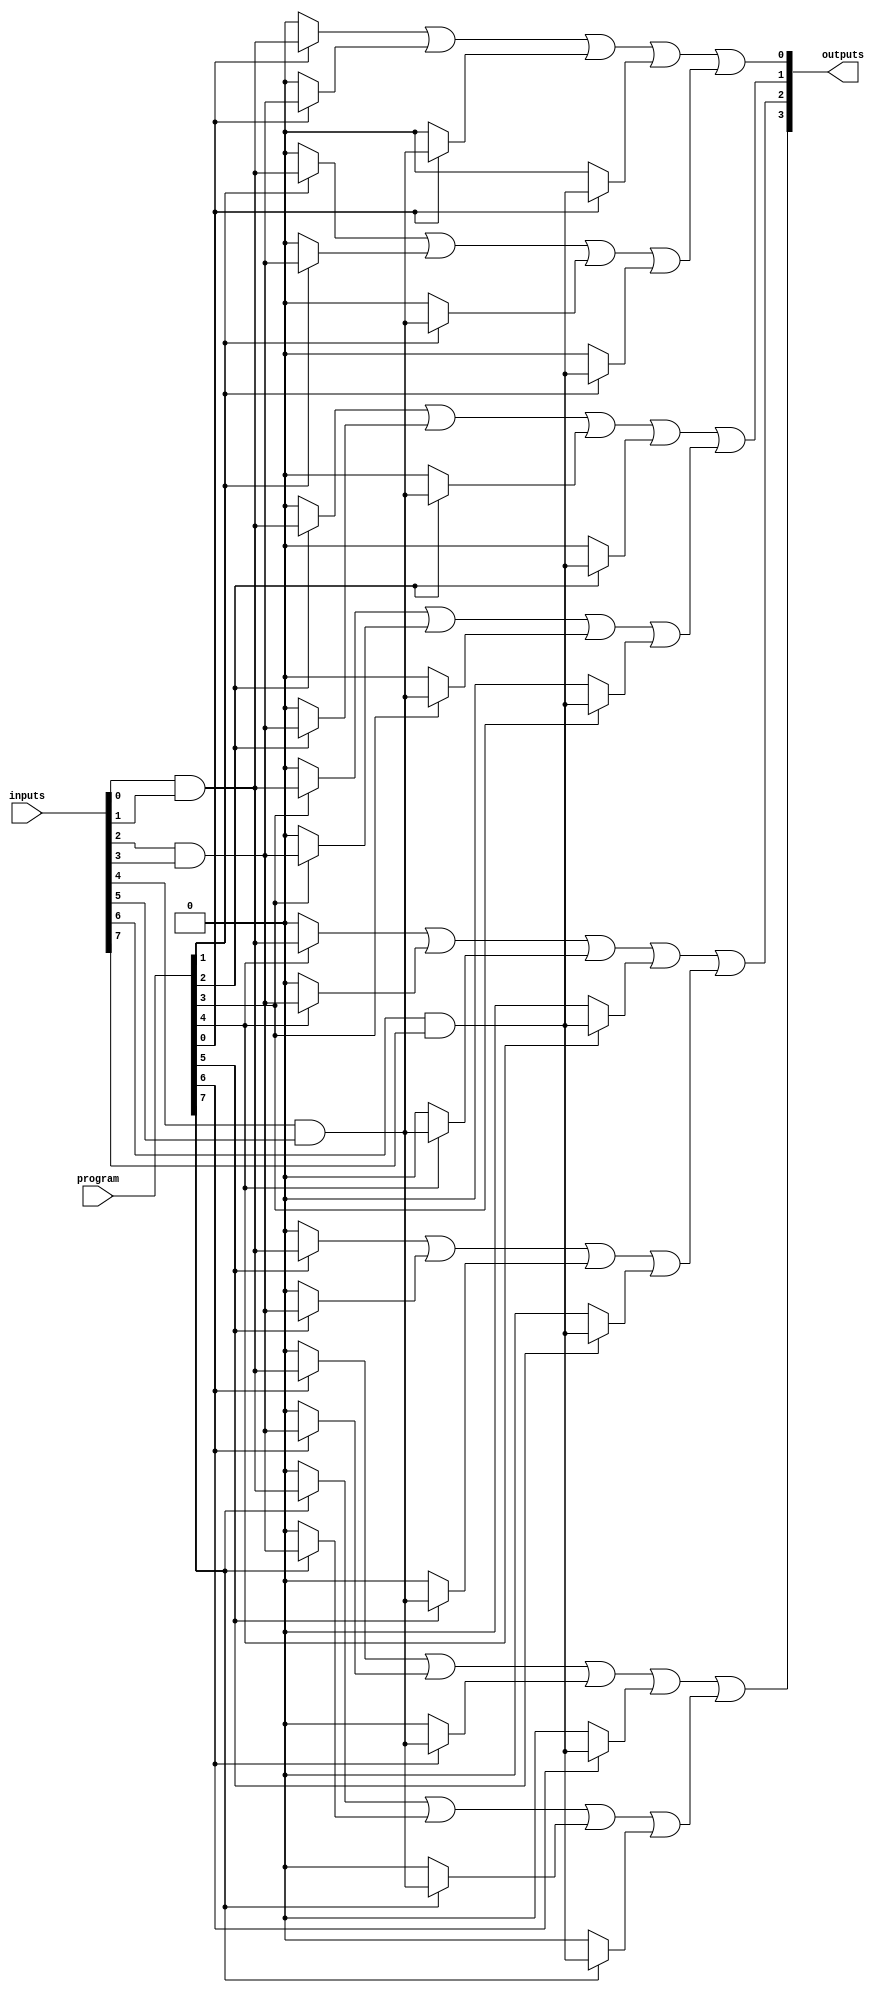
module hs_pal (
    input wire [N-1:0] inputs,        // N input pins
    input wire [M-1:0] program,       // M programming bits for AND array
    output wire [P-1:0] outputs        // P output pins
);

// Parameters
parameter N = 8;                     // Number of inputs
parameter M = 16;                    // Number of product terms
parameter P = 4;                     // Number of outputs

// Internal signals
wire [M-1:0] product_terms;          // Product terms from AND array
wire [P-1:0] or_outputs;             // Outputs from OR array

// Programmable AND array
genvar i, j;
generate
    for (i = 0; i < M; i = i + 1) begin : and_array
        assign product_terms[i] = (program[i] ? (inputs[0] & inputs[1]) : 1'b0) |
                                   (program[i] ? (inputs[2] & inputs[3]) : 1'b0) |
                                   (program[i] ? (inputs[4] & inputs[5]) : 1'b0) |
                                   (program[i] ? (inputs[6] & inputs[7]) : 1'b0);
    end
endgenerate

// Fixed OR array
assign or_outputs[0] = product_terms[0] | product_terms[1];
assign or_outputs[1] = product_terms[2] | product_terms[3];
assign or_outputs[2] = product_terms[4] | product_terms[5];
assign or_outputs[3] = product_terms[6] | product_terms[7];

// Final outputs
assign outputs = or_outputs;

endmodule